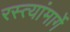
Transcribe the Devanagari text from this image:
रस्त्यांमार्गे